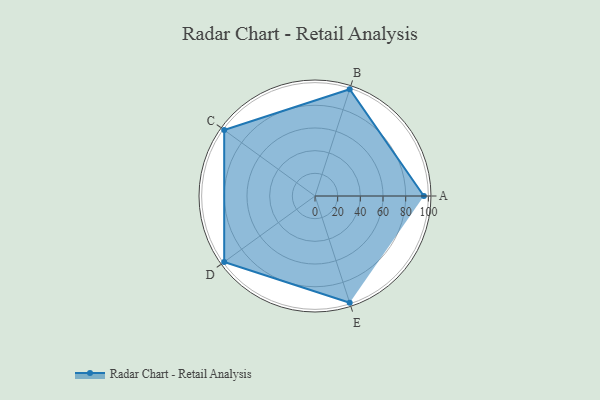
{"axis": {"x": "Skill", "y": "Score"}, "legend": ["Profile"], "data": [{"x": "A", "y": 96.0, "type": "Profile"}, {"x": "B", "y": 99.0, "type": "Profile"}, {"x": "C", "y": 99, "type": "Profile"}, {"x": "D", "y": 99, "type": "Profile"}, {"x": "E", "y": 99, "type": "Profile"}]}